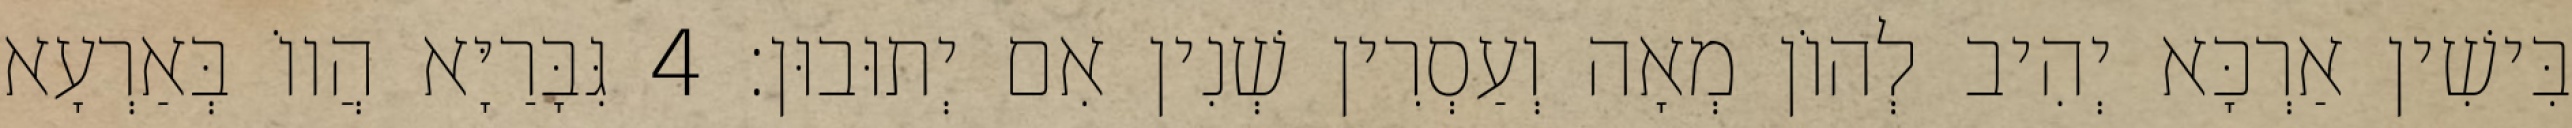
בִּישִׁין אַרְכָּא יְהִיב לְהוֹן מְאָה וְעַסְרִין שְׁנִין אִם יְתוּבוּן׃ 4 גִּבָּרַיָּא הֲווֹ בְּאַרְעָא